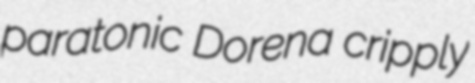
paratonic Dorena cripply